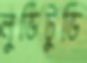
লুডিটুডি